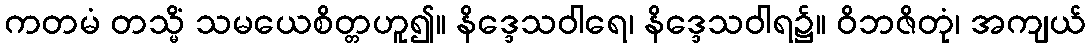
ကတမံ တသ္မိံ သမယေစိတ္တဟူ၍။ နိဒ္ဒေသဝါရေ၊ နိဒ္ဒေသဝါရ၌။ ဝိဘဇိတုံ၊ အကျယ်